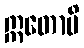
ဣတောပိ